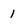
Character: 1